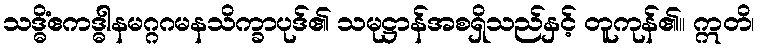
သဒ္ဓိံဧကဒ္ဓါနမဂ္ဂဂမနသိက္ခာပုဒ်၏ သမုဋ္ဌာန်အစရှိသည်နှင့် တူကုန်၏။ ဣတိ၊